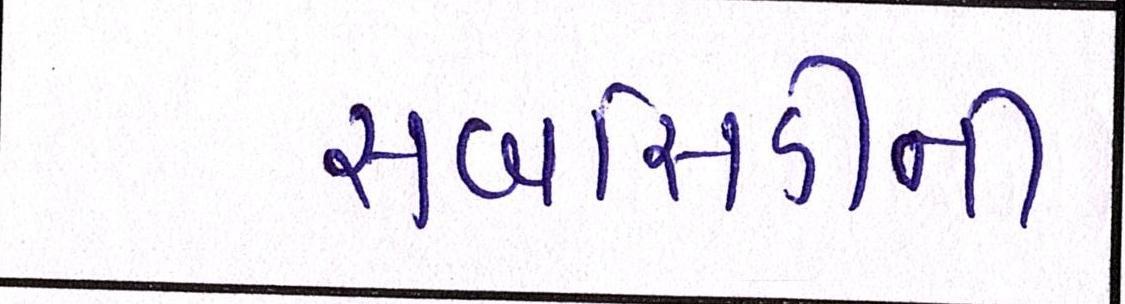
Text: સબસિડીની